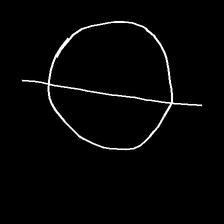
Glyph: orb